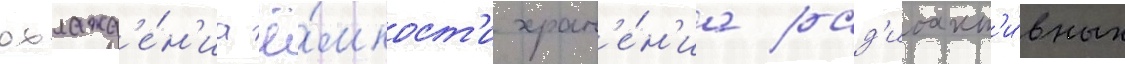
охлажд'е́н'иа ё́мкост'и хран'е́н'иа рад'иоакт'и́вных